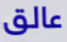
عالق